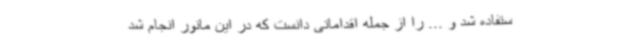
ستفاده شد و ... را از جمله اقداماتی دانست که در این مانور انجام شد